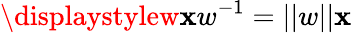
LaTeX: \displaystylew\mathbf{x}w^{-1}=||w||\mathbf{x}